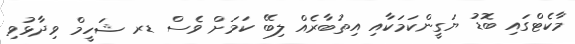
މާކެޓްގައި ބޮޑު ޔަގީންކަމަކާއި އިތުބާރެއް ލިބޭ ކަމަށް ވެސް ޑރ ޝަހީމް ވިދާޅުވި